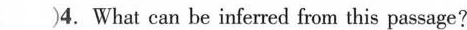
( )4.What can be inferred from this passage?